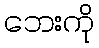
ဘေးကို